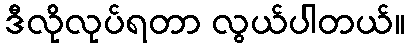
ဒီလိုလုပ်ရတာ လွယ်ပါတယ်။